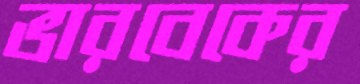
ভারবেকের